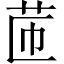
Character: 𦭧